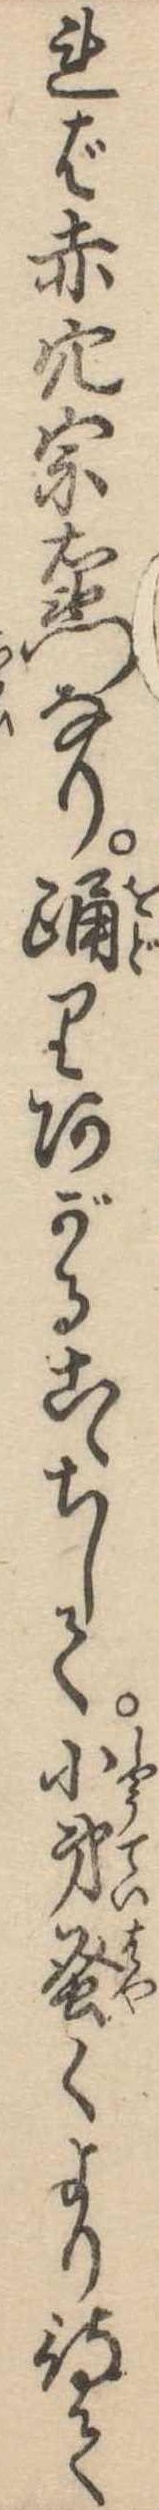
れば赤穴宗右衛門なり踊りあがるこゝちして小弟蚤くより待て